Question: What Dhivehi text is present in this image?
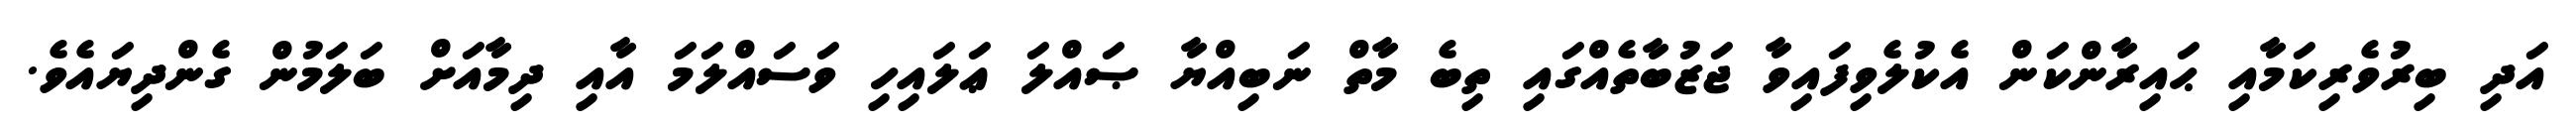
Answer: އަދި ބިރުވެރިކަމާއި ޙައިރާންކަން އެކުލެވިފައިވާ ޖަޒުބާތެއްގައި ތިބެ މާތް ނަބިއްޔާ ޞައްލަ ޢަލައިހި ވަސައްލަމަ އާއި ދިމާއަށް ބަލަމުން ގެންދިޔައެވެ.